Problem: 37 + 21 = ?
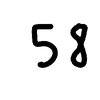
Handwritten answer: 58